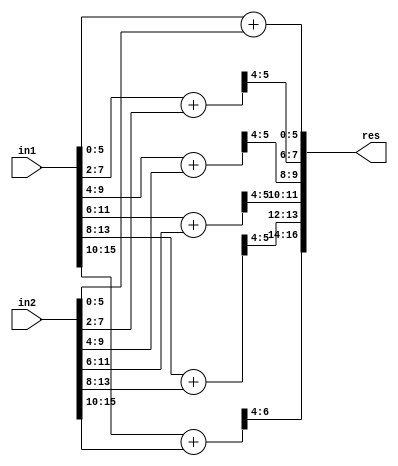
`timescale 1ns / 1ps
//////////////////////////////////////////////////////////////////////////////////
// Company: 
// Engineer: 
// 
// Create Date:    
// Design Name: 
// Module Name:    GeAr_N16_R2_P4 
// Project Name: 
// Target Devices: 
// Tool versions: 
// Description: 
//
// Dependencies: 
//
// Revision: 
// Revision 0.01 - File Created
// Additional Comments: 
//
//////////////////////////////////////////////////////////////////////////////////
module GeAr_N16_R2_P4(
    input [15:0] in1,
    input [15:0] in2,
    output [16:0] res
    );

wire [6:0] temp1,temp2,temp3,temp4,temp5,temp6;

assign temp1[6:0] = in1[5:0] + in2[5:0];
assign temp2[6:0] = in1[7:2] + in2[7:2];
assign temp3[6:0] = in1[9:4] + in2[9:4];
assign temp4[6:0] = in1[11:6] + in2[11:6];
assign temp5[6:0] = in1[13:8] + in2[13:8];
assign temp6[6:0] = in1[15:10] + in2[15:10];

assign res[16:0] = {temp6[6:4],temp5[5:4],temp4[5:4],temp3[5:4],temp2[5:4],temp1[5:0]};

endmodule